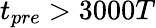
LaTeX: t_{pre}>3000T